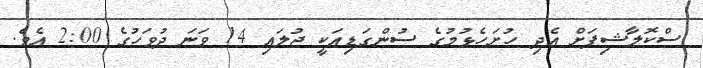
ސްކޮލާޝިޕަށް އެދި ހުށަހެޅުމުގެ ސުންގަޑިއަކީ ޖުލައި 14 ވަނަ ދުވަހުގެ 2:00 އެވެ.